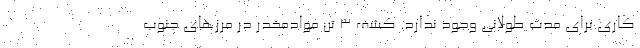
کاری برای مدت طولانی وجود ندارد. کشف 3 تن موادمخدر در مرزهای جنوب